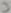
Text: 3